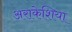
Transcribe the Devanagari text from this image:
अराकेशिया